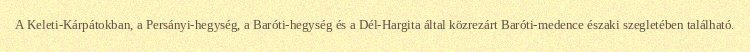
A Keleti-Kárpátokban, a Persányi-hegység, a Baróti-hegység és a Dél-Hargita által közrezárt Baróti-medence északi szegletében található.